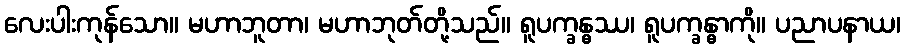
လေးပါးကုန်သော။ မဟာဘူတာ၊ မဟာဘုတ်တို့သည်။ ရူပက္ခန္ဓဿ၊ ရူပက္ခန္ဓာကို။ ပညာပနာယ၊